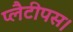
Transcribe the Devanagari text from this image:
प्लैटीपस।